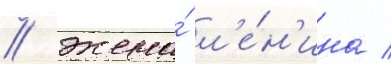
/ жена́ л'е́н'ина /